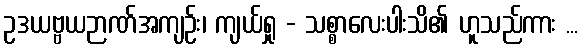
ဥဒယဗ္ဗယဉာဏ်အကျဉ်း၊ ကျယ်ရှု - သစ္စာလေးပါးသိ၏ ဟူသည်ကား ...